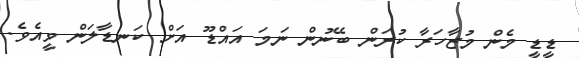
ޑީޑީ މެން މުޒާހަރާ ކުރަން ބޭނުން ނަމަ އައްޑޫ އަށް ކަނޑާލަން ވީއެވެ.